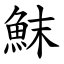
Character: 䱅